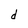
Character: d